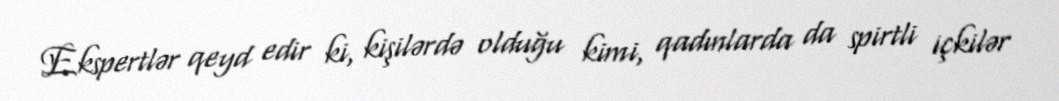
Ekspertlər qeyd edir ki, kişilərdə olduğu kimi, qadınlarda da spirtli içkilər